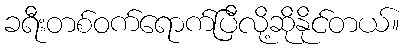
ခရီးတစ်ဝက်ရောက်ပြီလို့ဆိုနိုင်တယ်။